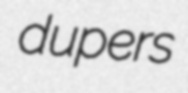
dupers